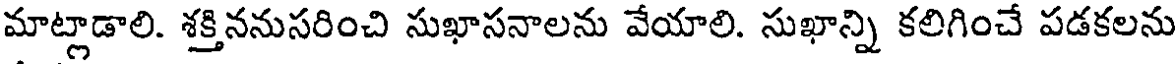
మాట్లాడాలి. శక్తిననుసరించి సుఖాసనాలను వేయాలి. సుఖాన్ని కలిగించే పడకలను